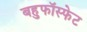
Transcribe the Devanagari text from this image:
बहुफॉस्फेट